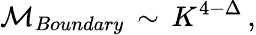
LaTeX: {\cal M}_{Boundary}\, \sim\, K^{4-\Delta}\, ,